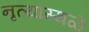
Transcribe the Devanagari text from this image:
नृत्यास्थळे